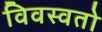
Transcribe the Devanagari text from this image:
विवस्वतो